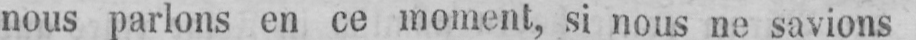
nous parlons en ce moment, si nous ne savions